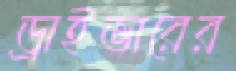
ড্রাইভারের